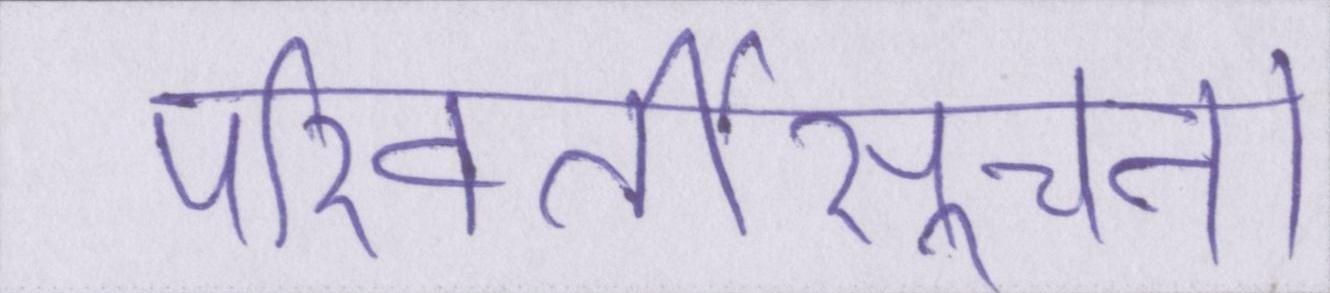
परिवर्तीसूचना